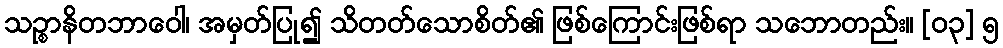
သဉ္စာနိတဘာဝေါ၊ အမှတ်ပြု၍ သိတတ်သောစိတ်၏ ဖြစ်ကြောင်းဖြစ်ရာ သဘောတည်း။ [၀၃] ၅